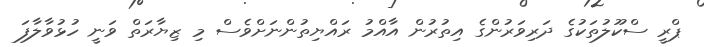
ޕްރީ ސްކޫލުތަކުގެ ދަރިވަރުންގެ އިތުރުން އާއްމު ރައްޔިތުންނަށްވެސް މި ޒިޔާރަތް ވަނީ ހުޅުވާލާފަ